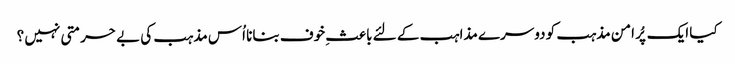
کیا ایک پُر امن مذہب کو دوسرے مذاہب کے لئے باعثِ خوف بنانا اُس مذہب کی بے حرمتی نہیں ؟